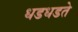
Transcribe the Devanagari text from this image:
धडधडते